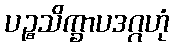
ပဉ္စသိက္ခာပဒဂ္ဂဟုံ